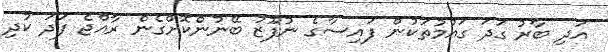
އަދި ބާރު ގަދަ ގައުމުތަކުން ފައިސާގެ ނުފޫޒު ބޭނުންކޮށްގެން ރާއްޖެ ފަދަ ކުދި